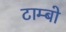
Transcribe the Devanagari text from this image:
टाम्‍बो